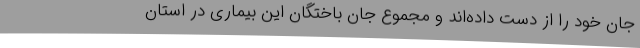
جان خود را از دست داده‌اند و مجموع جان باختگان این بیماری در استان